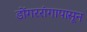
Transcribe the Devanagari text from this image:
डोंगररांगापासून